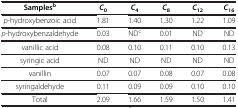
<table><thead><tr><td><b>Samples<sup>b</sup></b></td><td><b><i>C</i><sub>0</sub></b></td><td><b><i>C</i><sub>4</sub></b></td><td><b><i>C</i><sub>8</sub></b></td><td><b><i>C</i><sub>12</sub></b></td><td><b><i>C</i><sub>16</sub></b></td></tr></thead><tbody><tr><td><i>p</i>-hydroxybenzoic acid</td><td>1.81</td><td>1.40</td><td>1.30</td><td>1.22</td><td>1.09</td></tr><tr><td><i>p</i>-hydroxybenzaldehyde</td><td>0.03</td><td>ND<sup>c</sup></td><td>0.01</td><td>ND</td><td>ND</td></tr><tr><td>vanillic acid</td><td>0.08</td><td>0.10</td><td>0.11</td><td>0.10</td><td>0.13</td></tr><tr><td>syringic acid</td><td>ND</td><td>ND</td><td>ND</td><td>ND</td><td>ND</td></tr><tr><td>vanillin</td><td>0.07</td><td>0.07</td><td>0.08</td><td>0.07</td><td>0.08</td></tr><tr><td>syringaldehyde</td><td>0.11</td><td>0.09</td><td>0.09</td><td>0.10</td><td>0.10</td></tr><tr><td>Total</td><td>2.09</td><td>1.66</td><td>1.59</td><td>1.50</td><td>1.41</td></tr></tbody></table>